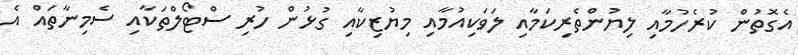
އެގޮތުން ކުރެހުމާއި ލިޔުންތެރިކަމާއި ލަވަކިއުމާއި މިޔުޒިކާއި ގުޅުން ހުރި ސްޓޯލްތަކާއި ސެމިނާތައް އެ